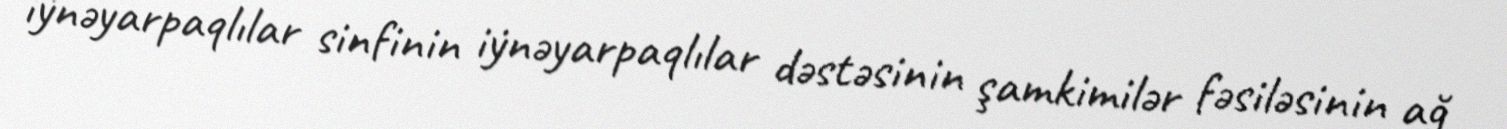
i̇ynəyarpaqlılar sinfinin i̇ynəyarpaqlılar dəstəsinin şamkimilər fəsiləsinin ağ